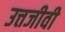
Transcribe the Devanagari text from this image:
उत्तजीवी